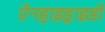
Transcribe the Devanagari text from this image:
ऐनहाइड्राइडों